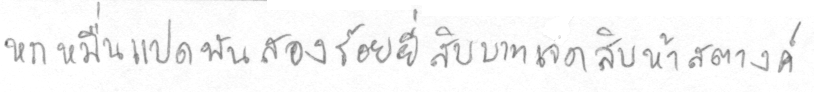
หกหมื่นแปดพันสองร้อยยี่สิบบาทเจ็ดสิบห้าสตางค์